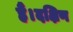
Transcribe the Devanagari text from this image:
हैं।दक्षिण